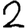
Digit: 2